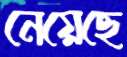
নেয়েছে